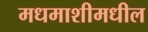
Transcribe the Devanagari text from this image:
मधमाशीमधील